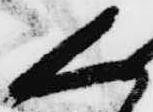
く